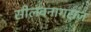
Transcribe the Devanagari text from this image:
सीलवनागराज